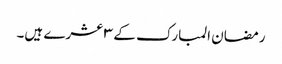
رمضان المبارک کے ٣ عشرے ہیں۔